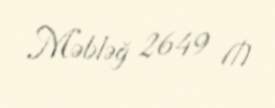
Məbləğ 2649 ₼